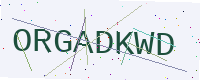
Text: ORGADKWD